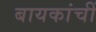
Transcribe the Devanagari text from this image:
बायकांचीं